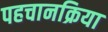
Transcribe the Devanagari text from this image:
पहचानक्रिया